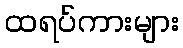
ထရပ်ကားများ